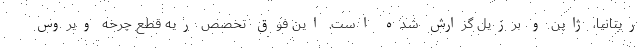
ریتانیا، ژاپن و برزیل گزارش شده است. این فوق تخصص ریه قطع چرخه ویروس